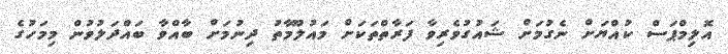
އޮލިމްޕަސް ކުއްޔަށް ނެގުމަށް ޝައުގުވެރިވާ ފަރާތްތަކަށް މައުލޫމާތު ދިނުމަށް ބާއްވާ ބައްދަލުވުން މިމަހުގެ